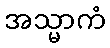
အသ္မာကံ